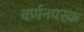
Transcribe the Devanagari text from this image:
वर्णनपरक